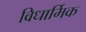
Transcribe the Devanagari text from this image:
विधार्मिक